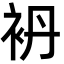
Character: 袇